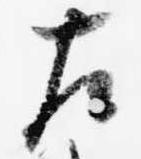
左